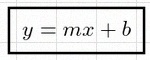
y=mx+b